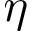
\boldsymbol { \eta }